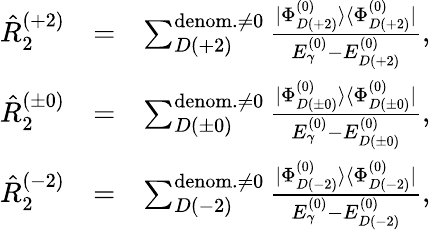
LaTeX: \begin{array}{rlr}{\hat{R}_{2}^{(+2)}}&{=}&{\sum_{D(+2)}^{{\mathrm{denom.}\neq 0}}\frac{|\Phi_{D(+2)}^{(0)}\rangle\langle\Phi_{D(+2)}^{(0)}|}{E_{\gamma}^{(0)}-E_{D(+2)}^{(0)}},}\\ {\hat{R}_{2}^{(\pm 0)}}&{=}&{\sum_{D(\pm 0)}^{{\mathrm{denom.}\neq 0}}\frac{|\Phi_{D(\pm 0)}^{(0)}\rangle\langle\Phi_{D(\pm 0)}^{(0)}|}{E_{\gamma}^{(0)}-E_{D(\pm 0)}^{(0)}},}\\ {\hat{R}_{2}^{(-2)}}&{=}&{\sum_{D(-2)}^{{\mathrm{denom.}\neq 0}}\frac{|\Phi_{D(-2)}^{(0)}\rangle\langle\Phi_{D(-2)}^{(0)}|}{E_{\gamma}^{(0)}-E_{D(-2)}^{(0)}},}\end{array}